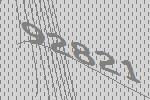
92821